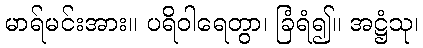
မာရ်မင်းအား။ ပရိဝါရေတွာ၊ ခြံရံ၍။ အဋ္ဌံသု၊